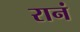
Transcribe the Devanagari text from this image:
रानं